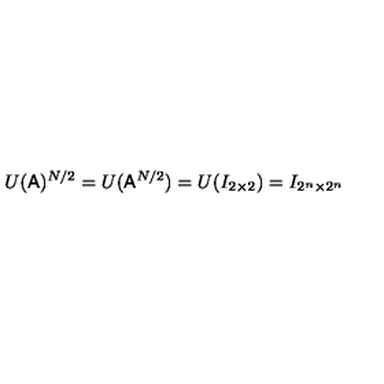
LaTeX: U ( { \sf A } ) ^ { N / 2 } = U ( { \sf A } ^ { N / 2 } ) = U ( I _ { 2 \times 2 } ) = I _ { 2 ^ { n } \times 2 ^ { n } }